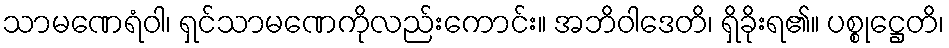
သာမဏေရံဝါ၊ ရှင်သာမဏေကိုလည်းကောင်း။ အဘိဝါဒေတိ၊ ရှိခိုးရ၏။ ပစ္စုဋ္ဌေတိ၊